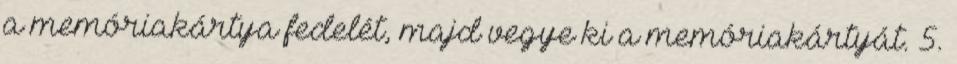
a memóriakártya fedelét, majd vegye ki a memóriakártyát. 5.